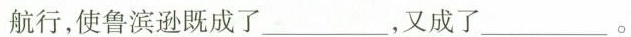
航行，使鲁滨逊既成了___，又成了_ __。